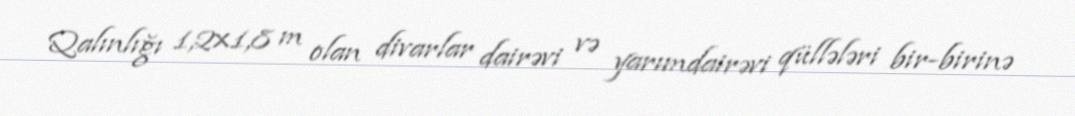
Qalınlığı 1,2×1,8 m olan divarlar dairəvi və yarımdairəvi qüllələri bir-birinə